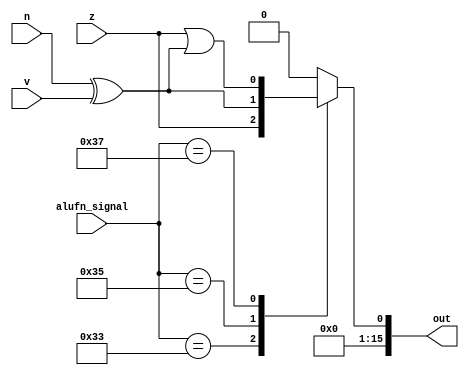
module compare_18 (
    input z,
    input v,
    input n,
    input [5:0] alufn_signal,
    output reg [15:0] out
  );
  
  
  
  always @* begin
    out = 16'h0000;
    
    case (alufn_signal)
      default: begin
        out[0+0-:1] = 1'h0;
      end
      6'h33: begin
        out[0+0-:1] = z;
      end
      6'h35: begin
        out[0+0-:1] = n ^ v;
      end
      6'h37: begin
        out[0+0-:1] = z | (n ^ v);
      end
    endcase
  end
endmodule